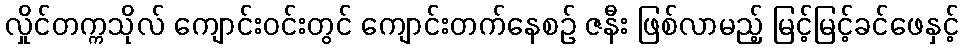
လှိုင်တက္ကသိုလ် ကျောင်းဝင်းတွင် ကျောင်းတက်နေစဉ် ဇနီး ဖြစ်လာမည့် မြင့်မြင့်ခင်ဖေနှင့်